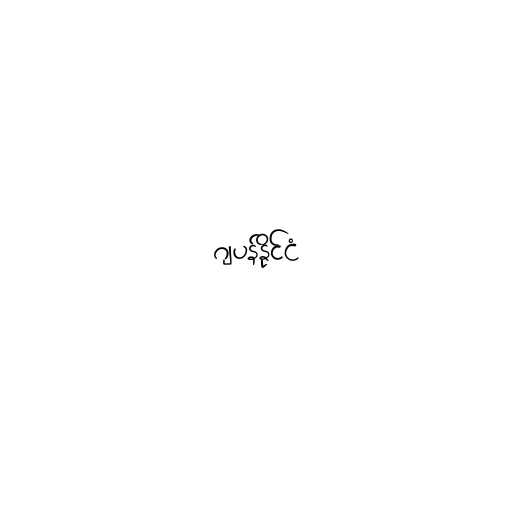
ဂျပန်နိုင်ငံ